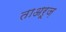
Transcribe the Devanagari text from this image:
ताअरूज़